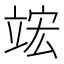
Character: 竤